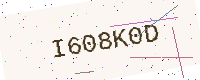
Text: I608K0D